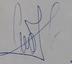
Signature authenticity: genuine